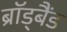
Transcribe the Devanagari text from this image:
ब्रॉड्बैंड